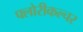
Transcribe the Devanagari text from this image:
फ्लोरीकल्चर